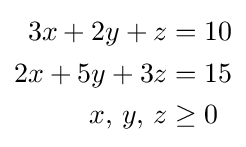
{\begin{aligned}3x+2y+z&=10\\2x+5y+3z&=15\\x,\,y,\,z&\geq 0\end{aligned}}